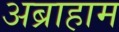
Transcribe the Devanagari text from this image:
अब्राहाम